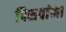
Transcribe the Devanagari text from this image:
पिसवांना